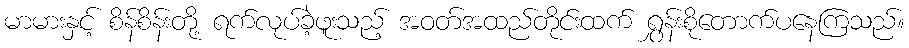
မာမားနှင့် စိန်စိန်းတို့ ရက်လုပ်ခဲ့ဖူးသည့် အဝတ်အထည်တိုင်းထက် ရွှန်းစိုတောက်ပနေကြသည်။